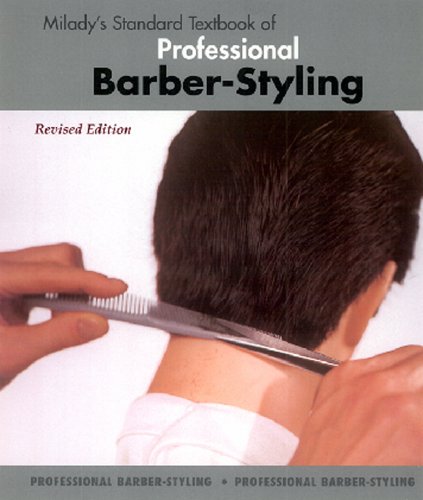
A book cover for Milady's Standard Textbook of Professional Barber-Styling; Milady; Health, Fitness & Dieting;